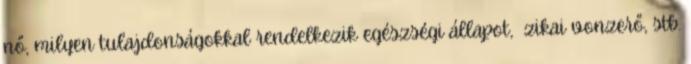
nő, milyen tulajdonságokkal rendelkezik egészségi állapot, ﬁzikai vonzerő, stb.